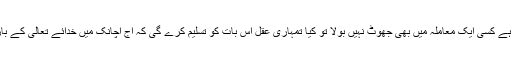
اگر میں نے اپنی چالیس سالہ زندگی میں جو دعویٰ نبوت سے قبل کی ہے کسی ایک معاملہ میں بھی جھوٹ نہیں بولا تو کیا تمہاری عقل اس بات کو تسلیم کرے گی کہ آج اچانک میں خدائے تعالیٰ کے بارے میں جو احکم الحاکمین ہے جھوٹ اور افترا سے کام لینے لگا ہوں۔